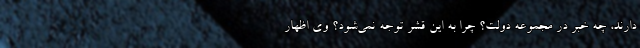
دارند، چه خبر در مجموعه دولت؟ چرا به این قشر توجه نمی‌شود؟ وی اظهار